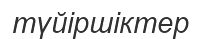
түйіршіктер